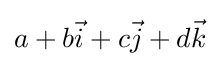
a+b{\vec {i}}+c{\vec {j}}+d{\vec {k}}